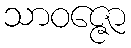
သာဝဇ္ဇော